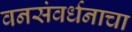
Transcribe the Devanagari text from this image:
वनसंवर्धनाचा